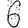
Digit: 6